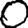
Digit: 0